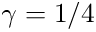
\gamma = 1 / 4